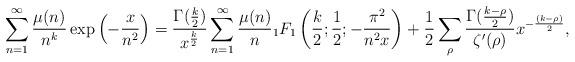
LaTeX: \begin{align*} \sum_{n=1}^{\infty} \frac{\mu(n)}{n^k} \exp\left({-\frac{x}{n^2}}\right) =\frac{\Gamma(\frac{k}{2})}{x^\frac{k}{2}}\sum_{n=1}^{\infty}\frac{\mu(n)}{n}{}_1F_1 \left(\frac{k}{2}; \frac{1}{2}; - \frac{\pi^2}{n^2x} \right) + \frac{1}{2}\sum_{\rho}\frac{\Gamma(\frac{k-\rho}{2})}{\zeta'(\rho)}x^{-\frac{(k-\rho)}{2}},\end{align*}